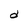
Character: d